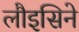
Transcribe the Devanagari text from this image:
लौइसिने